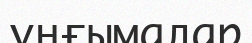
ұңғымалар